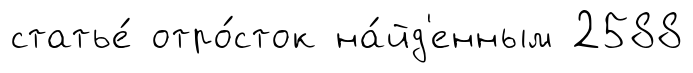
статье́ отро́сток на́йд'енным 2588